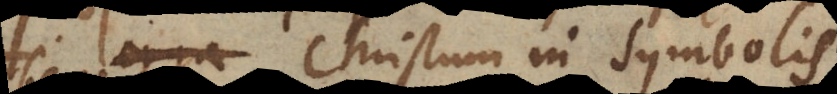
Christum in symbolis